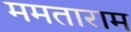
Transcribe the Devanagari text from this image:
ममताराम